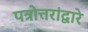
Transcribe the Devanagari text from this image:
पत्रोत्तरांद्वारे